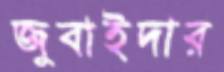
জুবাইদার